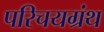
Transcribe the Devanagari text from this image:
परिचयग्रंथ